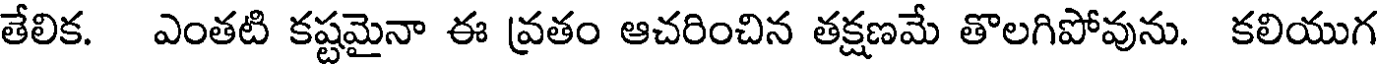
తేలిక. ఎంతటి కష్టమైనా ఈ వ్రతం ఆచరించిన తక్షణమే తొలగిపోవును. కలియుగ